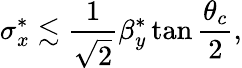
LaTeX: \sigma_{x}^{*}\lesssim\frac{1}{\sqrt{2}}\beta_{y}^{*}\tan\frac{\theta_{c}}{2},